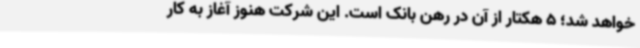
خواهد شد؛ 5 هکتار از آن در رهن بانک است. این شرکت هنوز آغاز به کار